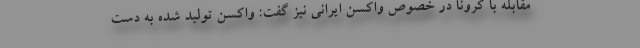
مقابله با کرونا در خصوص واکسن ایرانی نیز گفت: واکسن تولید شده به دست